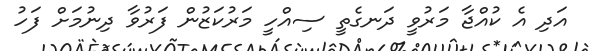
އަދި އެ ކުއްޖާ މަރުވީ ދަނގެތީ ސިއްހީ މަރުކަޒުން ފަރުވާ ދިނުމަށް ފަހު